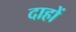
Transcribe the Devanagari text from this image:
दाहों